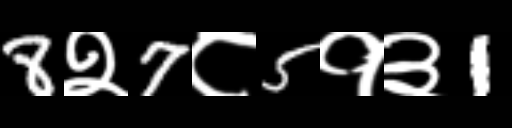
Text: 8२7८5१३1